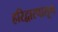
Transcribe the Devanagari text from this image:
हरिद्वारपासून